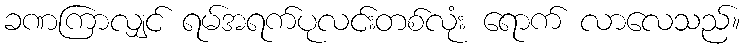
ခဏကြာလျှင် ရမ်အရက်ပုလင်းတစ်လုံး ရောက် လာလေသည်။